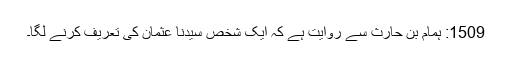
1509: ہمام بن حارث سے روایت ہے کہ ایک شخص سیدنا عثمانؓ کی تعریف کرنے لگا۔